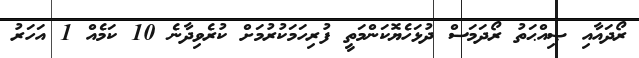
ރޯދައާއި ޞިއްޙަތު ރޯދަމަސް ދުޅަހެޔޮކަންމަތީ ފުރިހަމަކުރުމަށް ކުރެވިދާނެ 10 ކަމެއް 1 އަހަރު